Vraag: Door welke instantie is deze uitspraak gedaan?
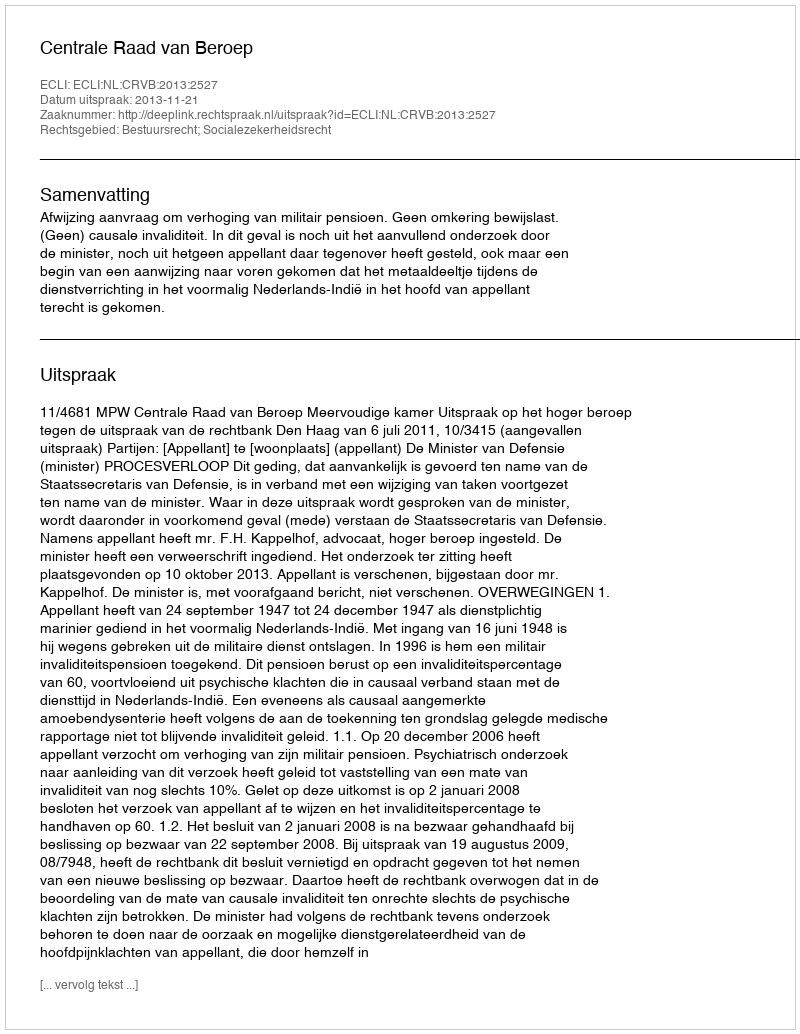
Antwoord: Centrale Raad van Beroep